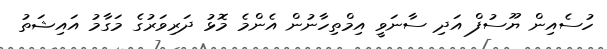
ހުސެއިން ޔޫސުފް އަދި ސާނަވީ އިމްތިހާނުން އެންމެ މޮޅު ދަރިވަރުގެ މަގާމު އައިޝަތު